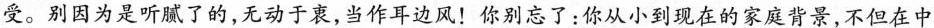
受。别因为是听腻了的，无动于衷，当作耳边风！你别忘了：你从小到现在的家庭背景，不但在中